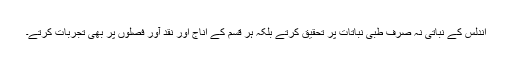
اندلس کے نباتی نہ صرف طبی نباتات پر تحقیق کرتے بلکہ ہر قسم کے اناج اور نقد آور فصلوں پر بھی تجربات کرتے۔